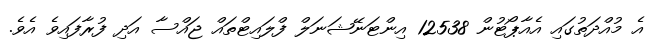
އެ މުއްދަތުގައި އެއާޕޯޓުން 12538 އިންޓަނޭޝަނަލް ފްލައިޓްތައް ޖައްސާ އަދި ފުރާފައިވެ އެވެ.